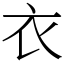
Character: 衣